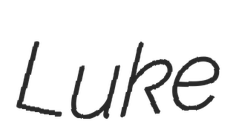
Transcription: Luke